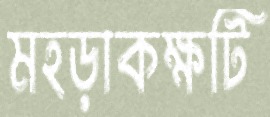
মহড়াকক্ষটি